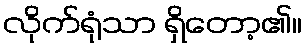
လိုက်ရုံသာ ရှိတော့၏။